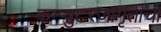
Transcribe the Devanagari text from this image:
कम्प्युटरजागृतीचा